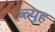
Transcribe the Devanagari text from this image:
ब्ल्युह